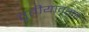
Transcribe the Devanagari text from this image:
तृतीयावतार